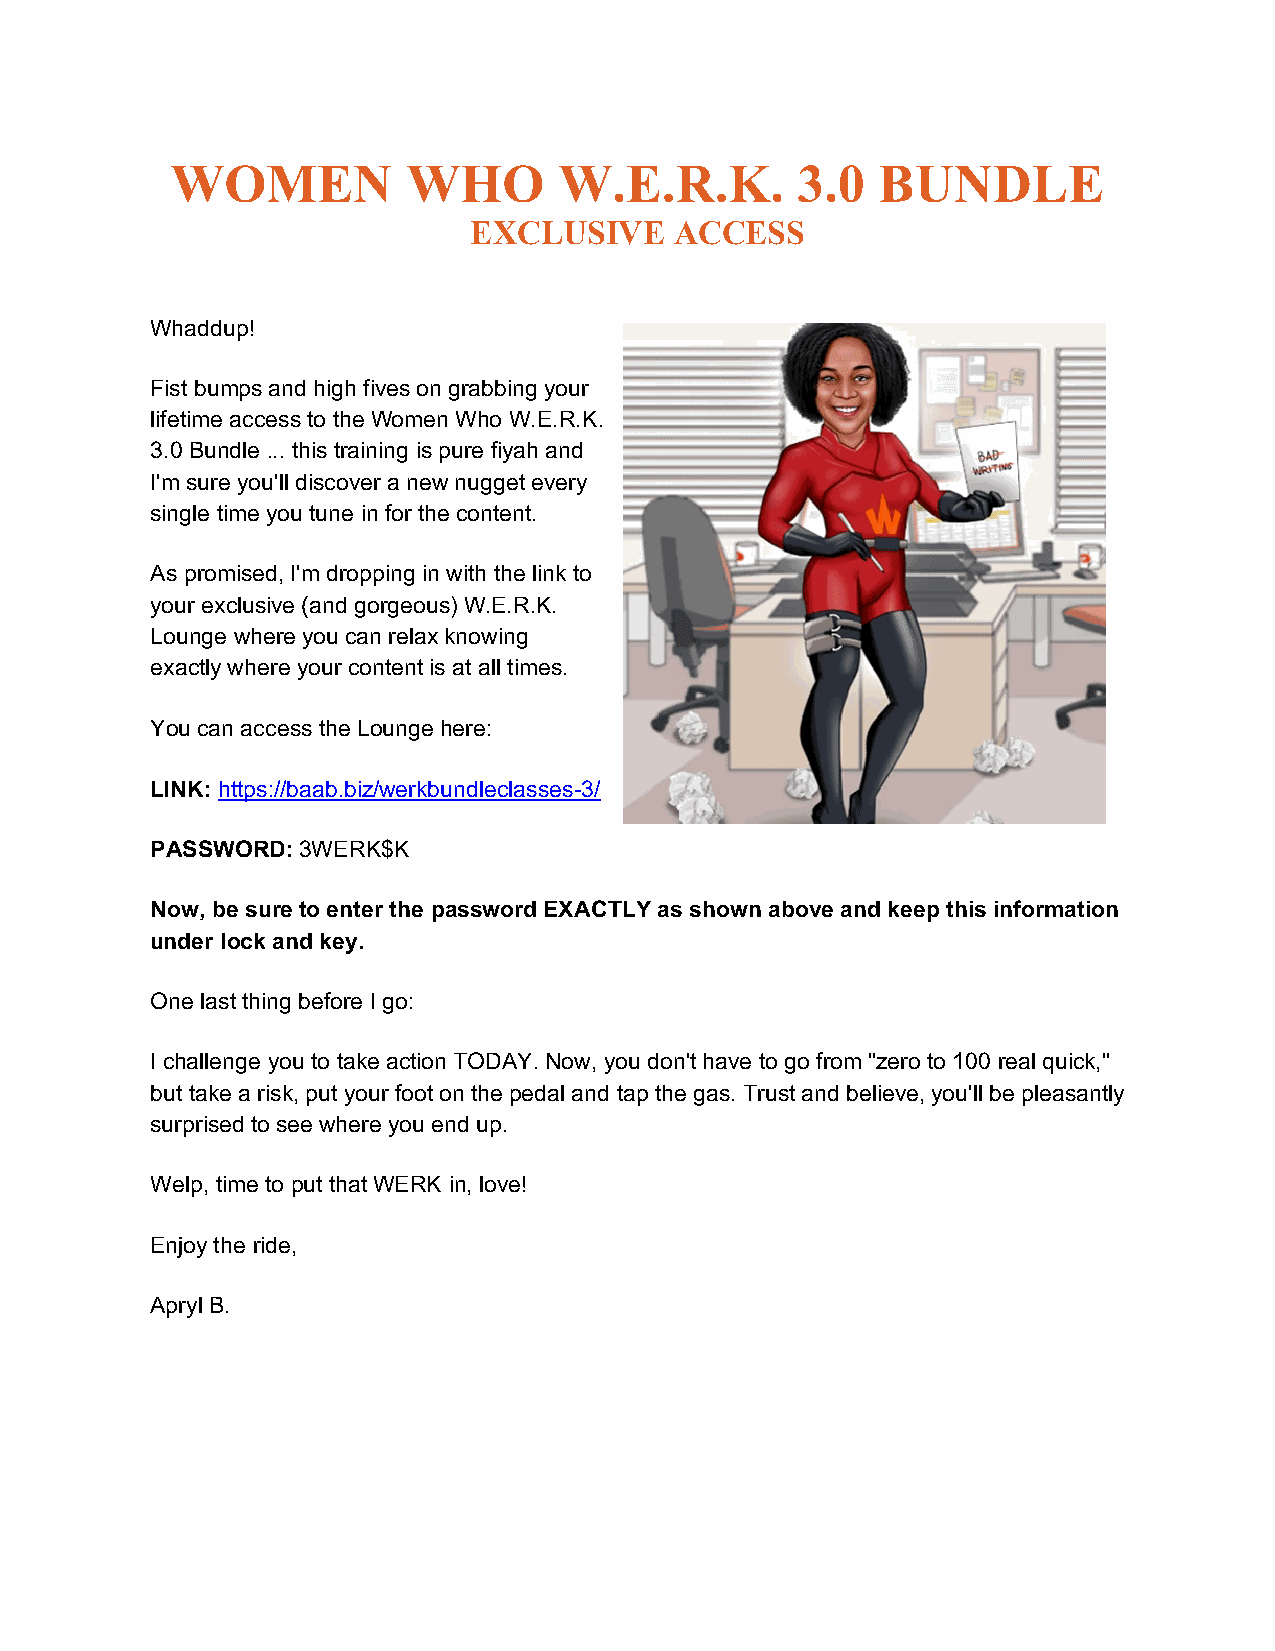
WOMEN           WHO       W.E.R.K.        3.0  BUNDLE
 EXCLUSIVE     ACCESS
 Whaddup!
 Fist bumps and high fives on grabbing your
 lifetime access to the Women Who W.E.R.K.
 3.0 Bundle ... this training is pure fiyah and
 I'm sure you'll discover a new nugget every
 single time you tune in for the content.
 As promised, I'm dropping in with the link to
 your exclusive (and gorgeous) W.E.R.K.
 Lounge where you can relax knowing
 exactly where your content is at all times.
 You can access the Lounge here:
 LINK: https://baab.biz/werkbundleclasses-3/
 PASSWORD: 3WERK$K
 Now, be sure to enter the password EXACTLY as shown above and keep this information
 under lock and key.
 One last thing before I go:
 I challenge you to take action TODAY. Now, you don't have to go from "zero to 100 real quick,"
 but take a risk, put your foot on the pedal and tap the gas. Trust and believe, you'll be pleasantly
 surprised to see where you end up.
 Welp, time to put that WERK in, love!
 Enjoy the ride,
 Apryl B.